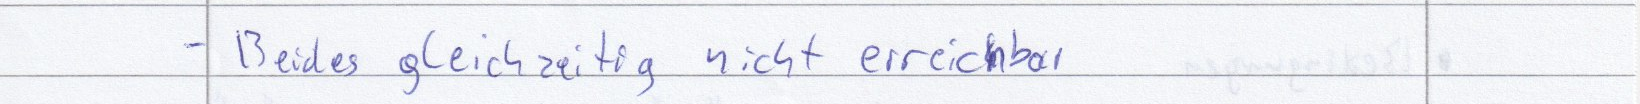
- Beides gleichzeitig nicht erreichbar